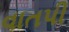
વાતપી